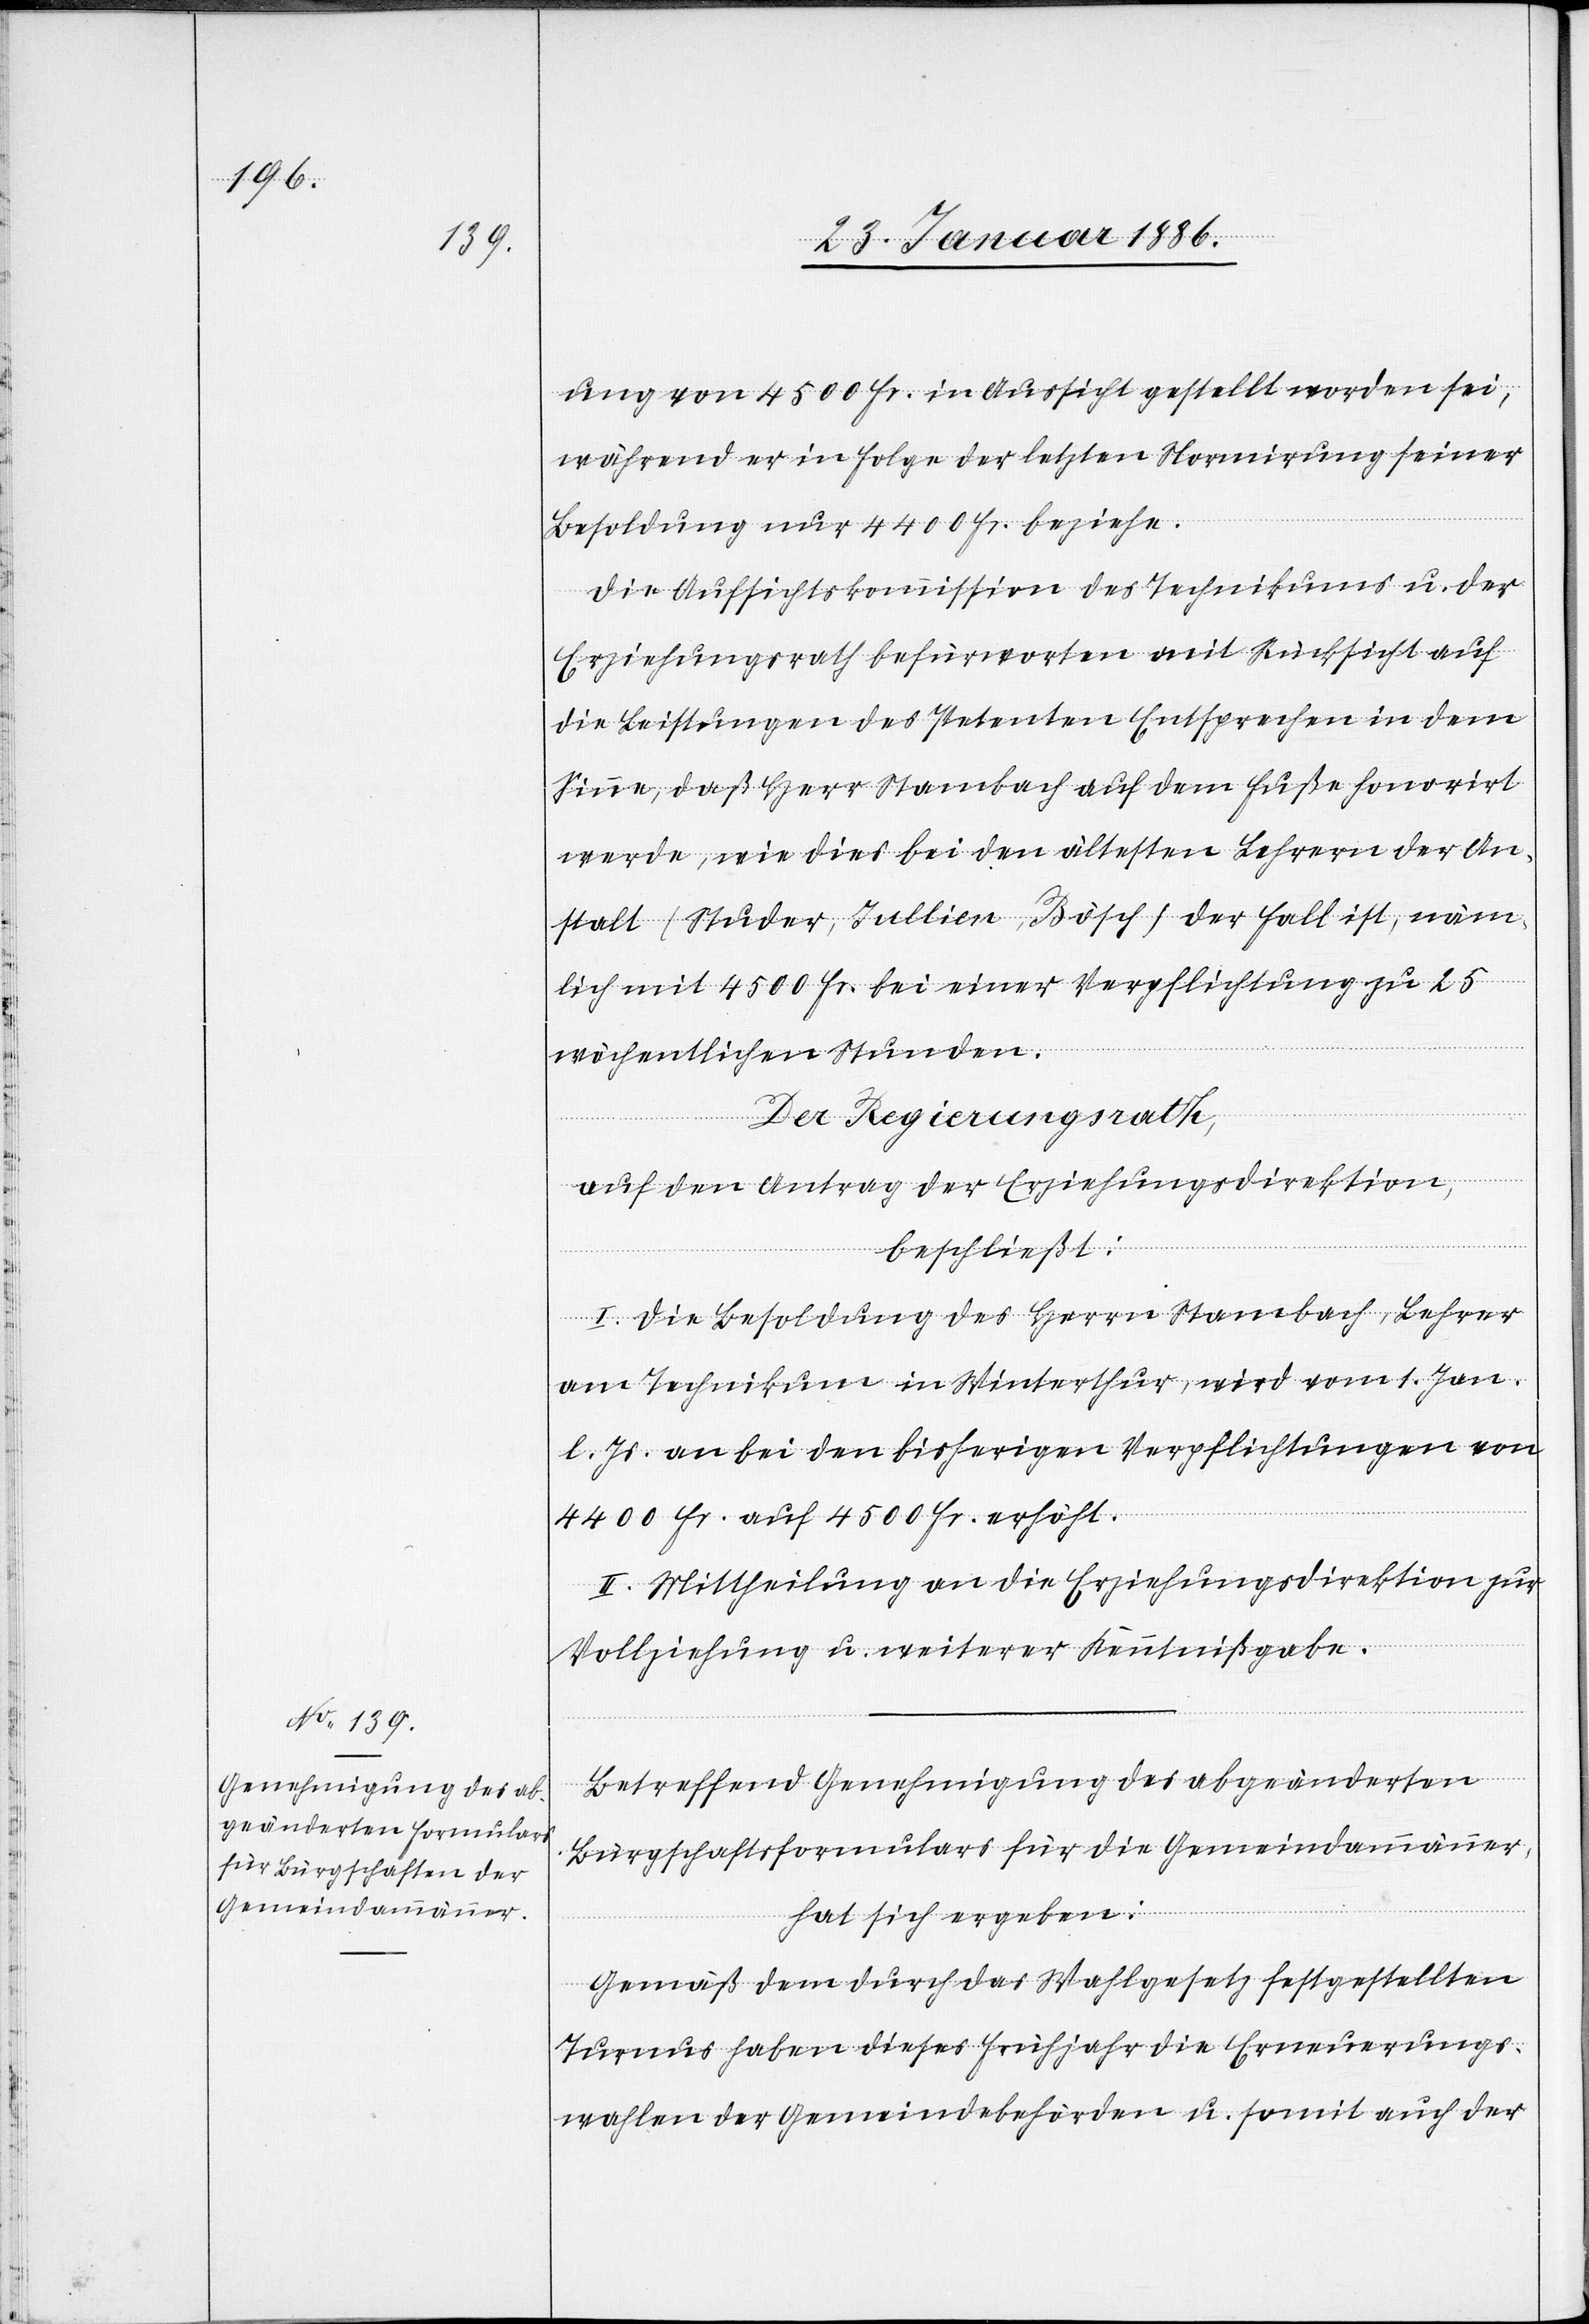
ung von 4500 Fr. in Aussicht gestellt worden sei,
während er in Folge der letzten Normierung seiner
Besoldung nur 4400 Fr. beziehe.
Die Aufsichtskommission des Technikums u. der
Erziehungsrath befürworten mit Rücksicht auf
die Leistungen des Petenten Entsprechen in dem
Sinne, daß Herr Stambach auf dem Fuße honorirt
werde, wie dies bei den ältesten Lehrern der An¬
stalt (Studer, Jullien, Bösch) der Fall ist, näm¬
lich mit 4500 Fr. bei einer Verpflichtung zu 25
wöchentlichen Stunden.
Der Regierungsrath,
auf den Antrag der Erziehungsdirektion,.
beschließt:
I. Die Besoldung des Herrn Stammbach, Lehrer
am Technikum in Winterthur, wird vom 1. Jan.
l. Js. an bei den bisherigen Verpflichtungen von
4400 Fr. auf 4500 Fr. erhöht.
II. Mittheilung an die Erziehungsdirektion zur
Vollziehung u. weiterer Kenntnißgabe.
Betreffend Genehmigung des abgeänderten
Bürgschaftsformulares für die Gemeindammänner,
hat sich ergeben:
Gemäß dem durch das Wahlgesetz festgestellten
Turnus haben dieses Frühjahr die Erneuerungs¬
wahlen der Gemeindebehörde u. somit auch der